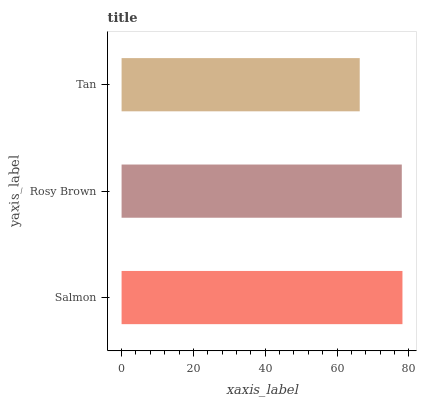
| yaxis_label | bars |
 | --- | --- |
 | Salmon | 78.2 |
 | Rosy Brown | 78 |
 | Tan | 66.3 |